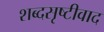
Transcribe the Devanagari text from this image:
शब्दसृष्टीवाद